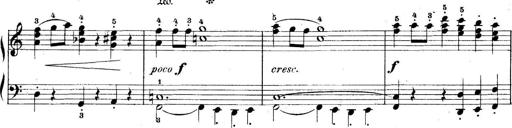
Title: 5 Sonatinas
Composer: Theodor Kirchner